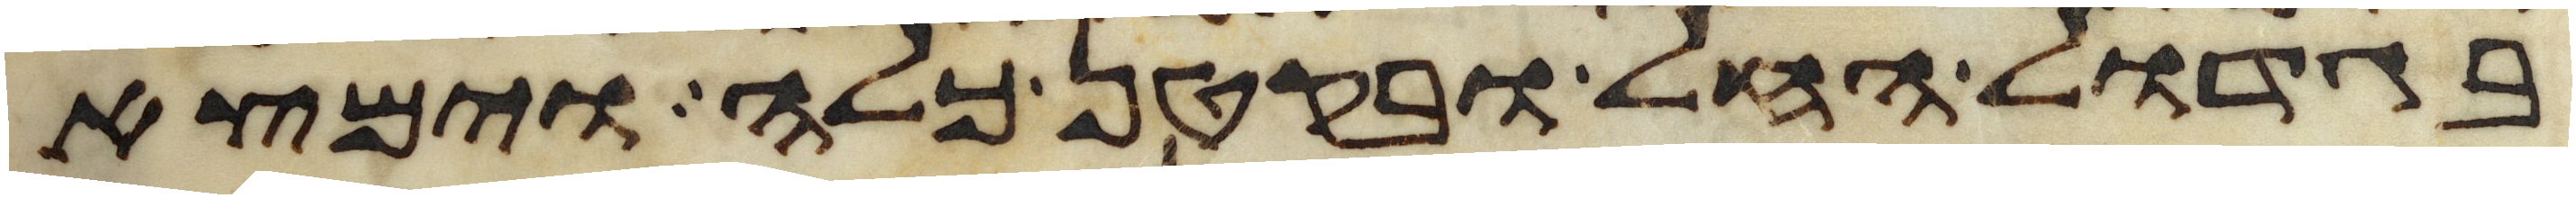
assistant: בגדול החל ובקטן כלה וימצא